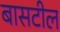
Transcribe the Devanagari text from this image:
बासटील